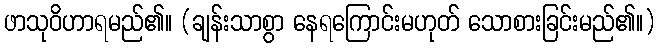
ဖာသုဝိဟာရမည်၏။ (ချန်းသာစွာ နေရကြောင်းမဟုတ် သောစားခြင်းမည်၏။)